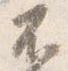
不